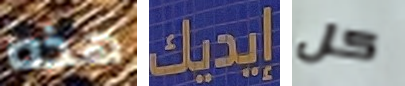
هذه إيديك كل